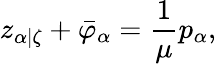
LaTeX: z_{\alpha|\zeta}+\bar{\varphi}_{\alpha}=\frac{1}{\mu}p_{\alpha},